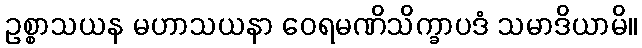
ဥစ္စာသယန မဟာသယနာ ဝေရမဏိသိက္ခာပဒံ သမာဒိယာမိ။